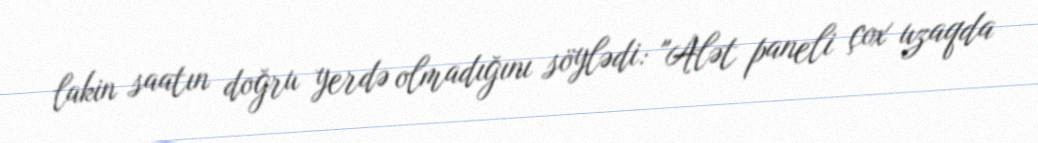
lakin saatın doğru yerdə olmadığını söylədi: "Alət paneli çox uzaqda